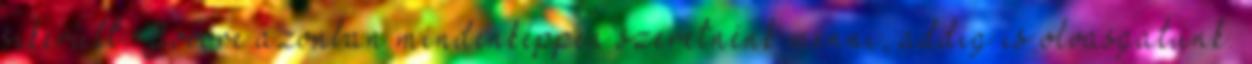
sikerült. Jövőre azonban mindenképpen szeretnénk menni, addig is olvasgatunk.